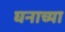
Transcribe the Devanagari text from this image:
घनाच्या